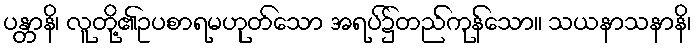
ပန္တာနိ၊ လူတို့၏ဥပစာရမဟုတ်သော အရပ်၌တည်ကုန်သော။ သယနာသနာနိ၊